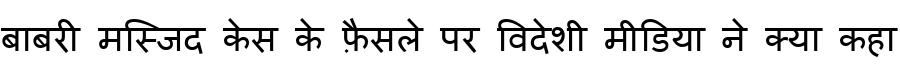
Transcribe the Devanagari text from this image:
बाबरी मस्जिद केस के फ़ैसले पर विदेशी मीडिया ने क्या कहा